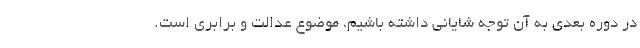
در دوره بعدی به آن توجه شایانی داشته باشیم، موضوع عدالت و برابری است.